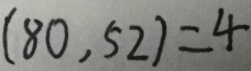
( 8 0 , 5 2 ) = 4